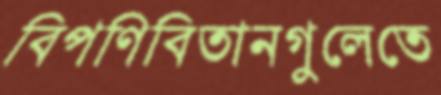
বিপণিবিতানগুলেতে